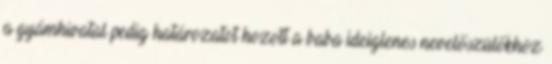
a gyámhivatal pedig határozatot hozott a baba ideiglenes nevelőszülőkhöz